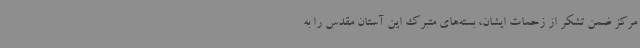
مرکز ضمن تشکر از زحمات ایشان، بسته‌های متبرک این آستان مقدس را به